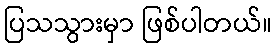
ပြသသွားမှာ ဖြစ်ပါတယ်။